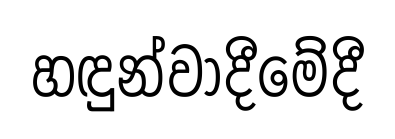
හඳුන්වාදීමේදී